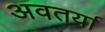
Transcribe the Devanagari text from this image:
अवतर्या